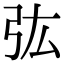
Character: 㢬